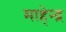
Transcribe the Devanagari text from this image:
माहेन्द्र